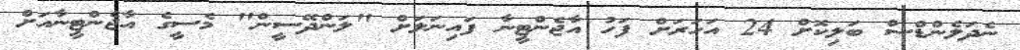
ނެދަލެންޑްސް ބަލިކޮށް 24 އަހަރަށް ފަހު އާޖެންޓީނާ ފައިނަލަށް "ލަންދޭސީން" މެސީގެ އާޖެންޓީނާއަށް